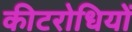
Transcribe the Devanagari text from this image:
कीटरोधियों